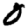
Digit: 0